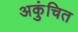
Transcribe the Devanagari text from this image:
अकुंचित